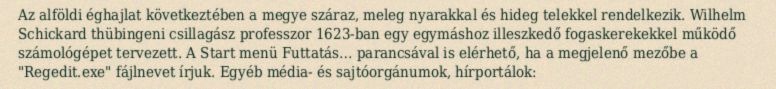
Az alföldi éghajlat következtében a megye száraz, meleg nyarakkal és hideg telekkel rendelkezik. Wilhelm Schickard thübingeni csillagász professzor 1623-ban egy egymáshoz illeszkedő fogaskerekekkel működő számológépet tervezett. A Start menü Futtatás… parancsával is elérhető, ha a megjelenő mezőbe a "Regedit.exe" fájlnevet írjuk. Egyéb média- és sajtóorgánumok, hírportálok: